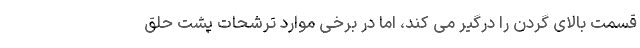
قسمت بالای گردن را درگیر می کند، اما در برخی موارد ترشحات پشت حلق